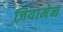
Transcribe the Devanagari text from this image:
ज़ियामेन